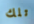
تلك